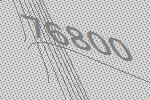
76800